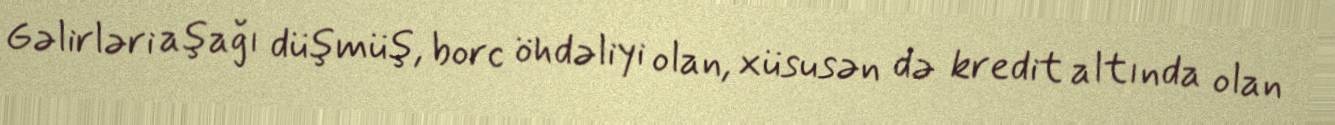
Gəlirləri aşağı düşmüş, borc öhdəliyi olan, xüsusən də kredit altında olan